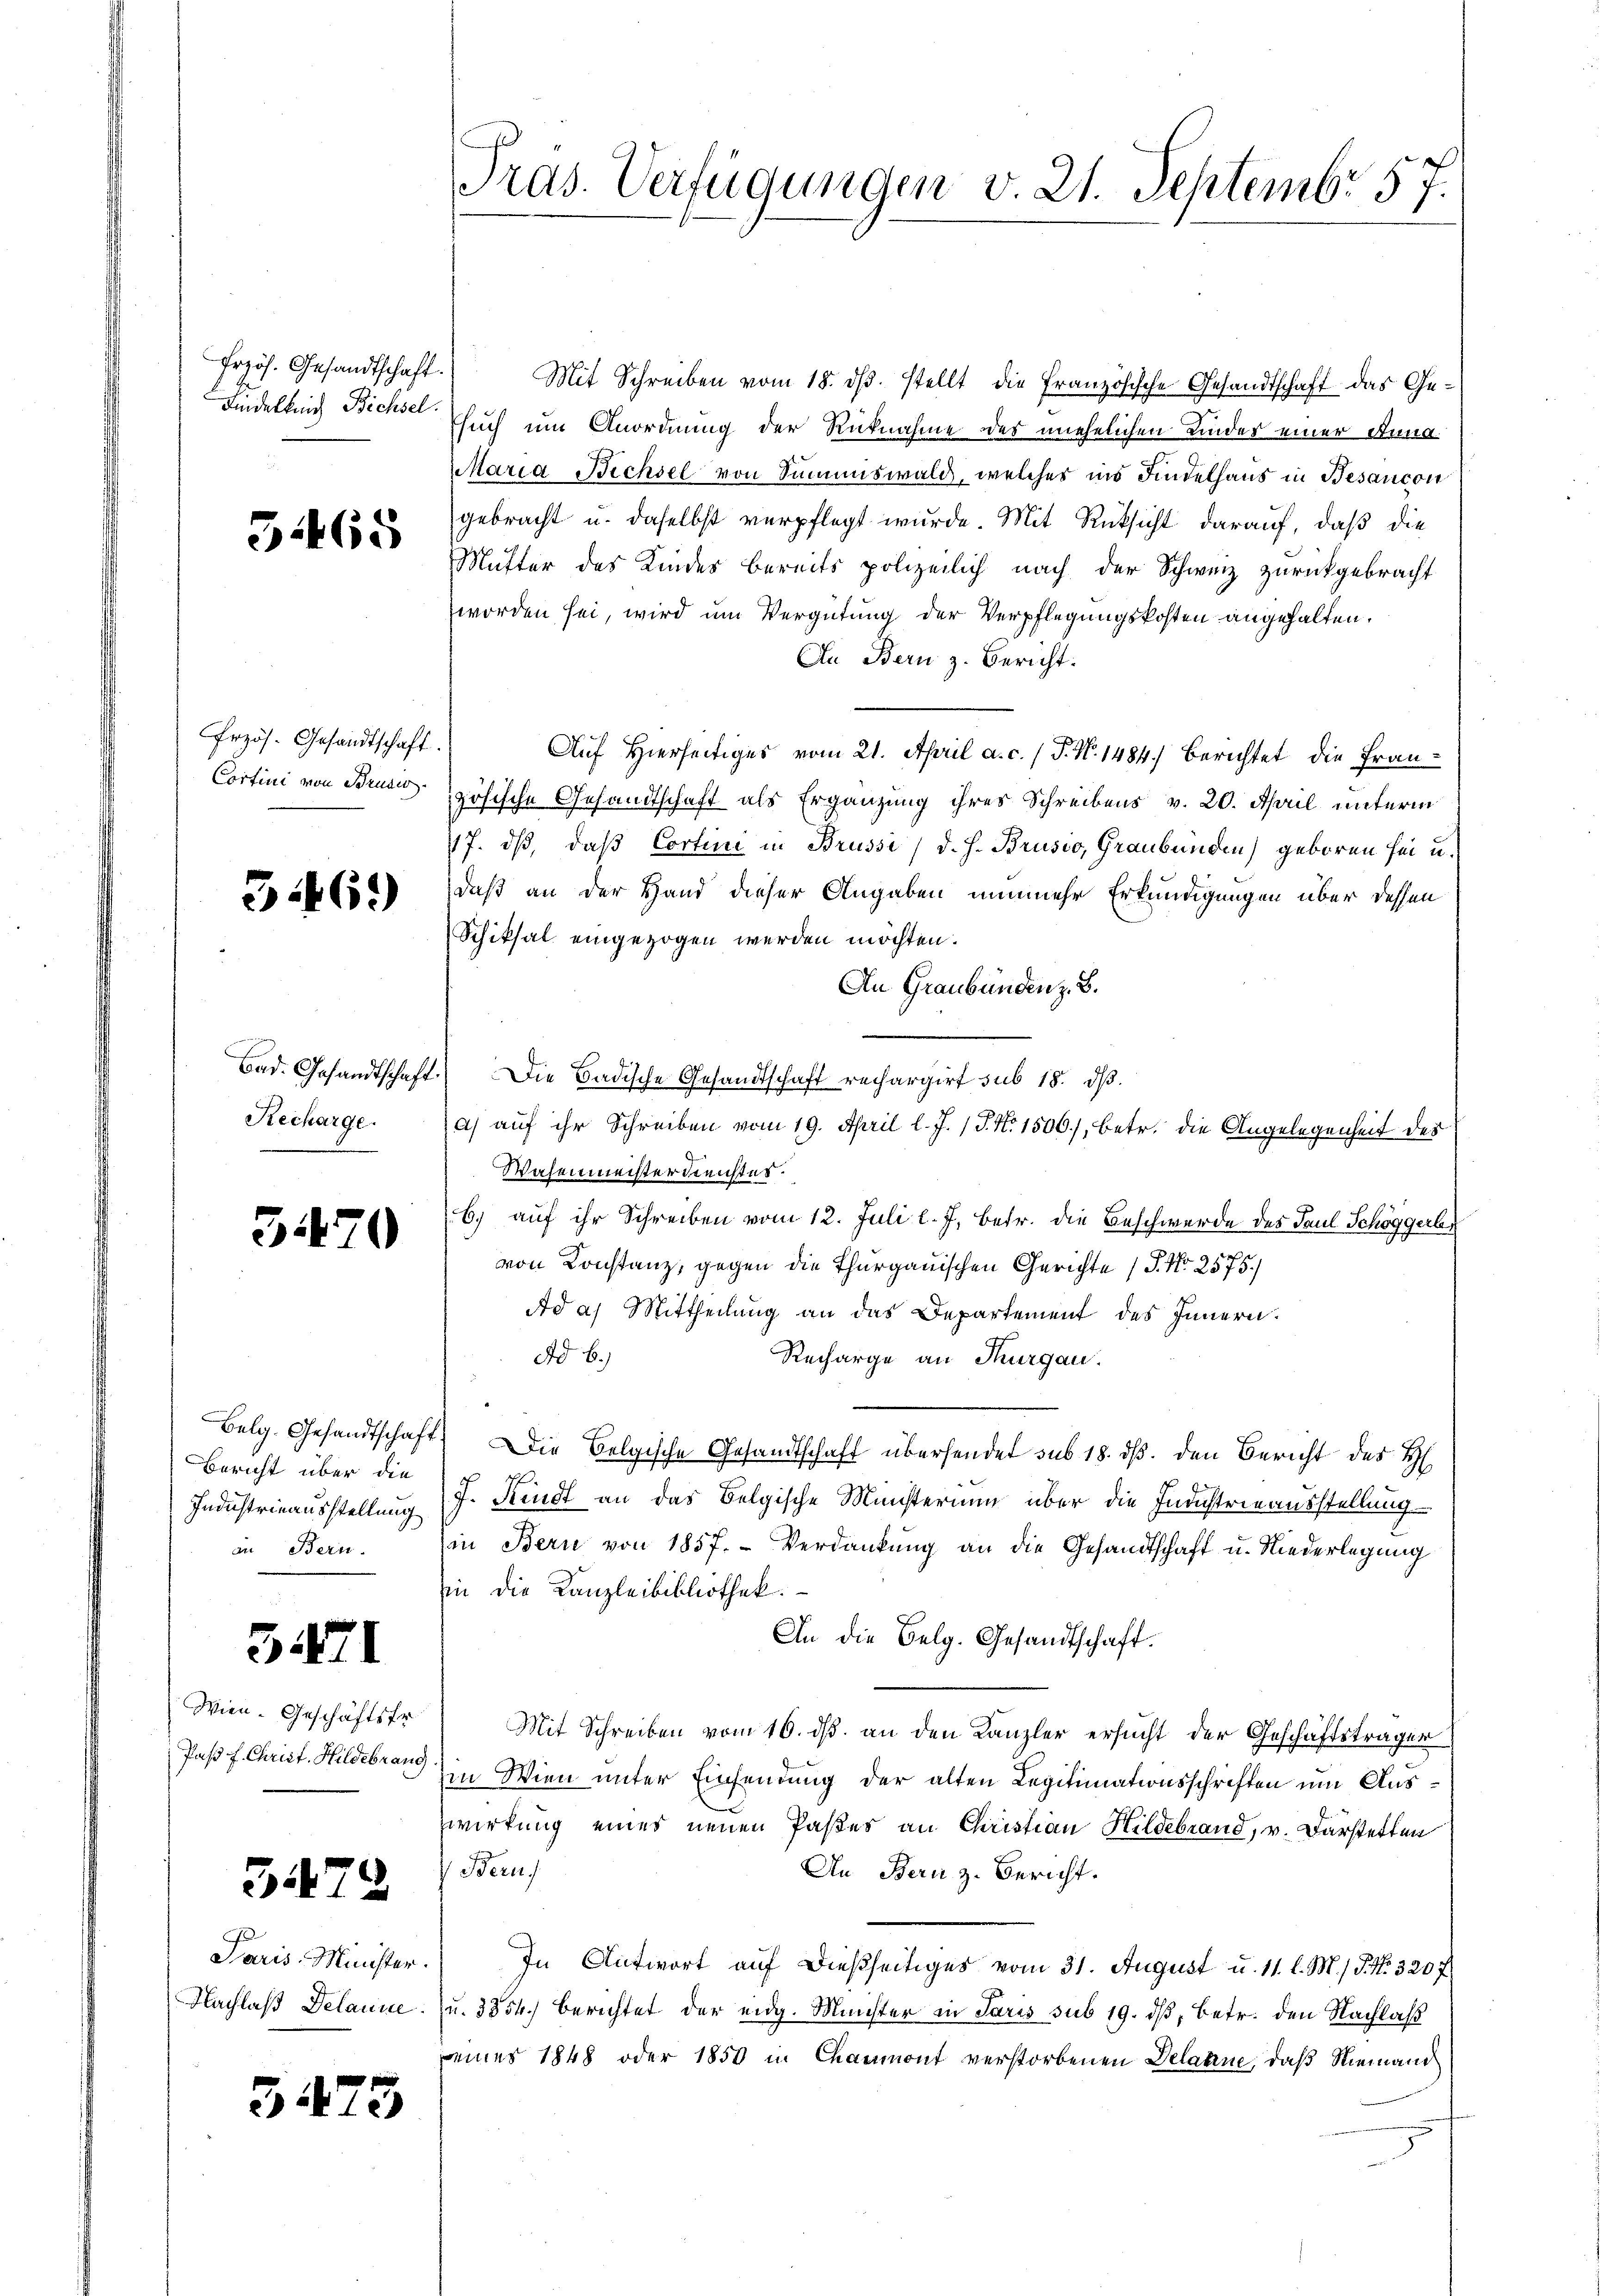
Frzös. Gesandtschaft.

51465

Przös. Gesandtschaft.
Contini von Brude

3461)

Recharge.

3470

Bericht über die
Industrieausstellung
an Bern.

371

Wien. Geschäftsfr.
Paß f. Christ. Hildebrang.

3478

Paris Minister.

5475

Mit Schreiben vom 18. ds. stellt die Französische Gesandtschaft das Ge¬
Fidelleich Bichsel such um Anordnung der Rücknahme des unehelichen Kindes einer Anna
Maria Bichsel von Summiswald, welches ins Findelhaus in Besancon
gebracht u. daselbst verpflegt wurde. Mit Rücksicht darauf, daß die
Mutter des Kindes bereits polizeilich nach der Schweiz zurückgebracht
worden sei, wird um Vergütung der Verpflegungskosten angehalten.
An Bern z. Bericht:
Auf Hierseitiges vom 21. April a. c. / P. N. 1484) Berichtet die Frauzösische Gesandtschaft als Ergänzung ihres Schreibens v. 20. April unterm
17. dß, daß Cortini in Brussi, d. h. Brusio, Graubünden) geboren sei u.
daß an der Hand dieser Angaben nunmehr Erkundigungen über dessen
Schiksal eingezogen werden möchten.
An Graubünden z. B.
Bad. Gesandtschaft.) Die Badische Gesandtschaft rechargirt sub 18. dβ.
a) auf ihr Schreiben vom 19. April l. J. P. Nr. 1506), betr. die Angelegenheit der
Wasenmeister dreichtes.
b.) auf ihr Schreiben vom 12. Juli l. J. betr. die Beschwerde des Paul Schöggerber
von Konstanz, gegen die Thurgauischen Gerichte (S. Nr. 2575./
Ad a) Mittheilung an das Departement des Innern.
Ad b.)
Recharge an Thurgau.
Belg. Gesandtschaft. Die Belgische Gesandtschaft übersendet sub 18. dß. den Bericht des H
1
J. Rindt an das Belgische Münsterium über die Instrieausstellung
(in Bern von 1857. Verdankung an die Gesandtschaft u. Niederlegung
zin die Kanzleibibliothek.
An die Belg. Gesandtschaft.
Mit Schreiben vom 16. ds. an den Kanzler ersucht der Geschäftsträger
in Wien unter Einsendung der alten Legitimationsschriften um Auswirkung eines neuen Paßes an Christian Hildebrand, v. Darstetten
Beruf
An Bern z. Bericht.
In Antwort auf dießseitiges vom 31. August u. 11. l. M.) J. No. 3207
Nachlaß Delanne u. 3354.) Berichtet der eidg. Minister in Paris sub 19. dß, Betr. den Nachlaß
eines 1848 oder 1850 in Chaumont verstorbenen Delanne, daß Niemand

Tras. Verfügungen v. 21. Septembr 57.